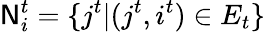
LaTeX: \mathsf{N}_{i}^{t}=\{ j^{t}|(j^{t},i^{t})\in E_{t}\}